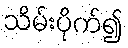
သိမ်းပိုက်၍